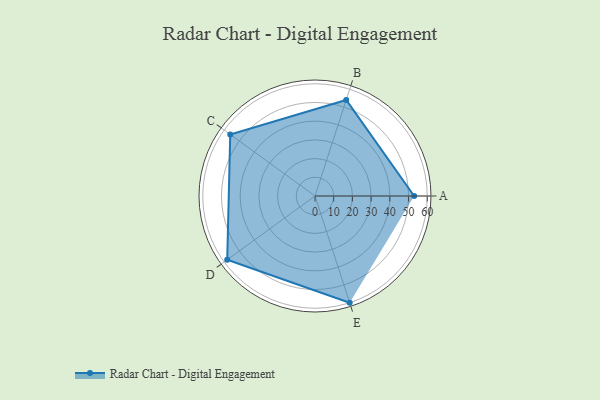
{"axis": {"x": "Skill", "y": "Score"}, "legend": ["Profile"], "data": [{"x": "A", "y": 53.0, "type": "Profile"}, {"x": "B", "y": 54.0, "type": "Profile"}, {"x": "C", "y": 56.0, "type": "Profile"}, {"x": "D", "y": 58.0, "type": "Profile"}, {"x": "E", "y": 60.0, "type": "Profile"}]}